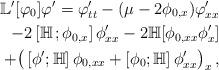
LaTeX: \begin{align*}\mathbb{L}^\prime[\varphi_0]\varphi^\prime=\varphi^\prime_{tt} - {\left(\mu-2\phi_{0,x}\right)}\varphi^\prime_{xx}\\-2\left[\mathbb H\,;\phi_{0,x}\right]\phi^\prime_{xx}-2\mathbb H[\phi_{0,xx}\phi^\prime_x]\\+\big(\left[\phi^\prime;\mathbb H\right]\phi_{0,xx}+{ \left[\phi_0;\mathbb H\right]\phi^\prime_{xx}\big)_x}\,,\end{align*}